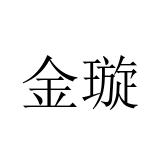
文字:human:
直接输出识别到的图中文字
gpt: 金璇